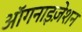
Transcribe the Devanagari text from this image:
ऑगनाइज़ेशन